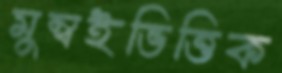
মুম্বইভিত্তিক